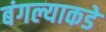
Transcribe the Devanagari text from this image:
बंगल्याकडे